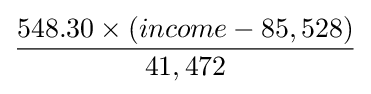
548.30\times (income-85,528) \over 41,472